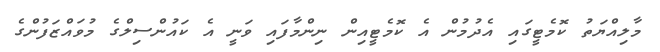
މާލިއްޔަތު ކޮމެޓީގައި އެދުމުން އެ ކޮމެޓީއިން ނިންމާފައި ވަނީ އެ ކައުންސިލްގެ މުވައްޒަފުންގެ